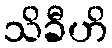
သိခီဟိ